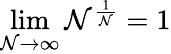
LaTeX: \lim\limits_{\mathcal{N}\rightarrow\infty}\mathcal{N}^{\frac{{1}}{{\mathcal{N}}}}=1